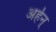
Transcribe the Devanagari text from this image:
अर्हन्